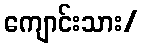
ကျောင်းသား/